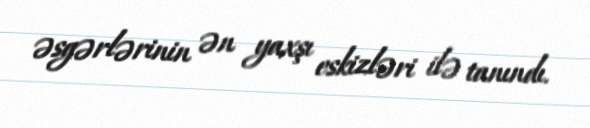
əsgərlərinin ən yaxşı eskizləri ilə tanındı.